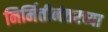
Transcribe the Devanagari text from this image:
निर्मितीनंतरच्‍या